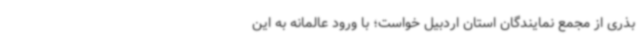
بذری از مجمع نمایندگان استان اردبیل خواست؛ با ورود عالمانه به این